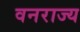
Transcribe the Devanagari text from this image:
वनराज्य